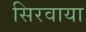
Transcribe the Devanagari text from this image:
सिरवाया